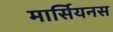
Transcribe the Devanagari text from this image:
मार्सियनस